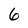
Character: 6